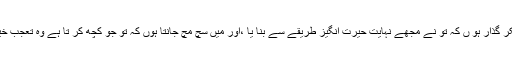
میں شکر گذار ہوُ ں کہ تو نے مجھے نہایت حیرت انگیز طریقے سے بنا یا ،اور میں سچ مُچ جانتا ہوُں کہ تُو جو کچھ کر تا ہے وہ تعجب خیز ہے۔